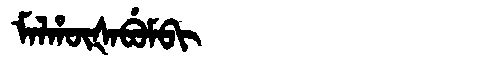
Manchu: ᠮᠠᠯᡥᡡᡧᠠᠪᡠᠮᠪᡳ
Romanization: MALHŪŠABUMBI